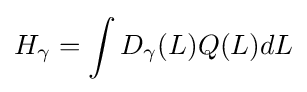
H_{\gamma }=\int D_{\gamma }(L)Q(L)dL